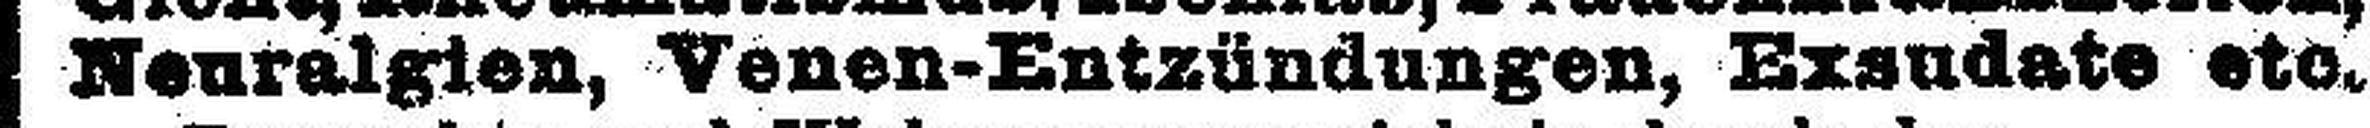
Neuralgien, Venen-Entzündungen, Exsudate etc.